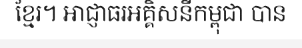
ខ្មែរ។ អាជ្ញាធរអគ្គិសនីកម្ពុជា បាន